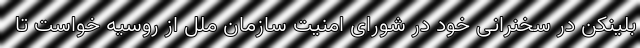
بلینکن در سخنرانی خود در شورای امنیت سازمان ملل از روسیه خواست تا